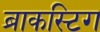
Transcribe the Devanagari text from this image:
ब्राकस्टिग